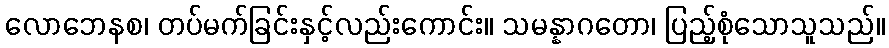
လောဘေနစ၊ တပ်မက်ခြင်းနှင့်လည်းကောင်း။ သမန္နာဂတော၊ ပြည့်စုံသောသူသည်။